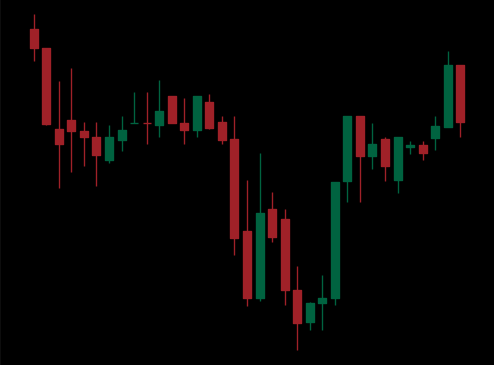
Pattern: inverse_head_shoulders